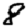
Digit: 8